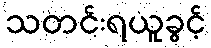
သတင်းရယူခွင့်